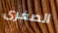
الصغرى